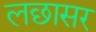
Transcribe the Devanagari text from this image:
लछासर